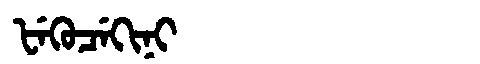
Manchu: ᡶᡝᡴᡠᠴᡝᡴᡳᠨᡳ
Romanization: FEKUCEKINI